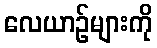
လေယာဉ်များကို